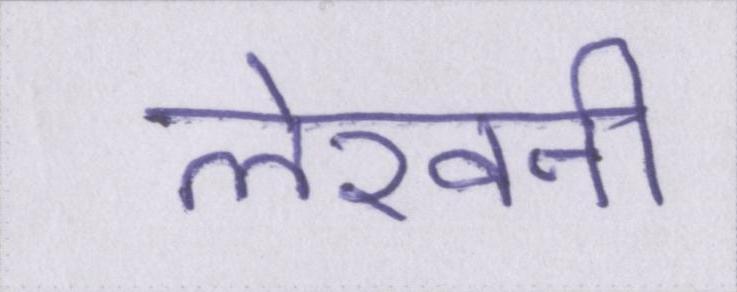
लेखनी